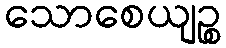
သောစေယျဉ္စ